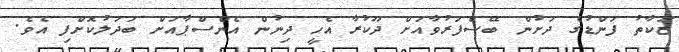
ޒަކާތު ފަންޑުގެ ދަށުން ބޭސްފަރުވާއަށް ދޫކުރާ އެހީ ދިނުން އެންސްޕާއަށް ބަދަލުކޮށްފި އެވެ.